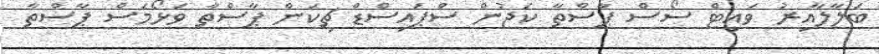
ބަލާލާއިރު ވައިޓް ސޯސް ޕާސްތާ ކަޖުން ސްޕައިސްޑް ޗިކަން ޕާސްތާ ވަޅޯމަސް ޕާސްތާ